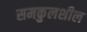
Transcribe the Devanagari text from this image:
समकुलशील